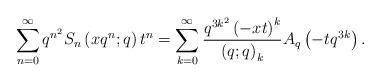
LaTeX: \begin{align*}\sum_{n=0}^{\infty}q^{n^{2}}S_{n}\left(xq^{n};q\right)t^{n}=\sum_{k=0}^{\infty}\frac{q^{3k^{2}}\left(-xt\right)^{k}}{\left(q;q\right)_{k}}A_{q}\left(-tq^{3k}\right).\end{align*}